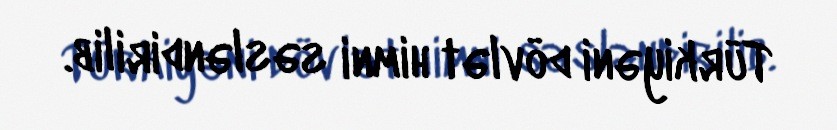
Türkiyəni dövlət himni səsləndirilib.